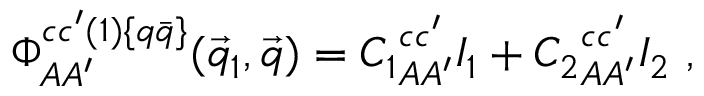
\Phi _ { A A ^ { \prime } } ^ { c c ^ { \prime } ( 1 ) \{ q \bar { q } \} } ( \vec { q } _ { 1 } , \vec { q } ) = { C _ { 1 } } _ { A A ^ { \prime } } ^ { c c ^ { \prime } } I _ { 1 } + { C _ { 2 } } _ { A A ^ { \prime } } ^ { c c ^ { \prime } } I _ { 2 } ~ ,